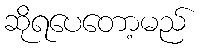
ဆိုရပေတော့မည်